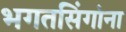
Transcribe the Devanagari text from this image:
भगतसिंगांना